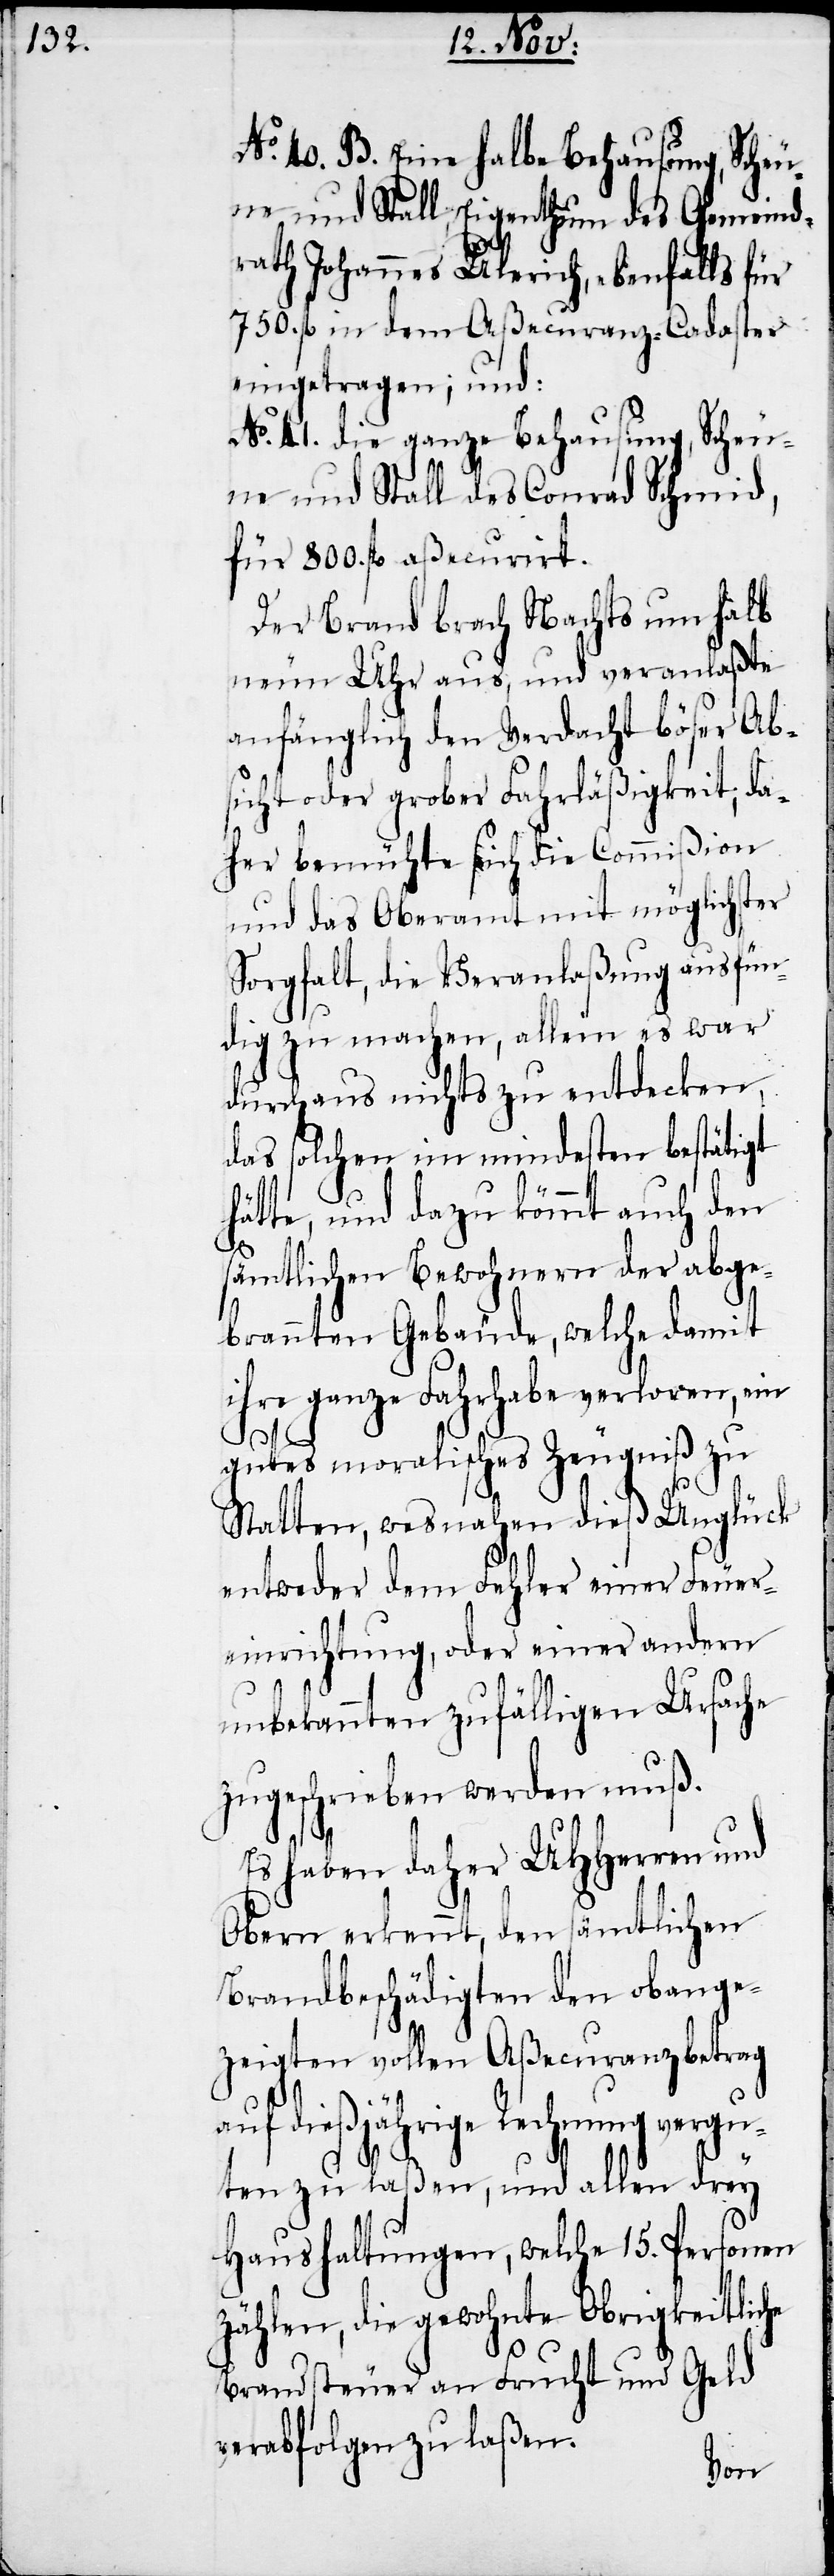
No. 40. B. eine halbe Behausung, Scheu¬
ne und Stall, Eigenthum des Gemeind¬
rath Johannes Ulerich, ebenfalls für
750. fl in dem Aßecuranz-Cadaster
eingetragen; und:
No. 41. die ganze Behausung, Scheu¬
ne und Stall des Conrad Schmid,
für 800. fl aßecurirt.
Der Brand brach Nachts um halb
neun Uhr aus und veranlaßte
anfänglich den Verdacht böser Ab¬
sicht oder grober Fahrläßigkeit; da¬
her bemühte sich die Commißion
und das Oberamt mit möglichster
Sorgfalt, die Veranlaßung ausfün¬
dig zu machen, allein es war
durchaus nichts zu entdecken,
das solchen im mindesten bestätigt
hätte, und dazu kömmt auch den
sämtlichen Bewohnern der abge¬
brannten Gebäude, welche damit
ihre ganze Fahrhabe verloren, ein
gutes moralisches Zeugniß zu
Statten, wesnahen dieß Unglück
entweder dem Fehler einer Feuer¬
einrichtung, oder einer andern
unbekannten zufälligen Ursache
zugeschrieben werden muß.
Es haben daher UHHerren und
Obern erkennt, den sämtlichen
Brandbeschädigten den obange¬
zeigten vollen Aßecuranzbetrag
auf dießjährige Rechnung vergu¬
ten zu laßen, und allen drey
Haushaltungen, welche 15. Personen
zählen, die gewohnte Obrigkeitliche
Brandsteuer an Frucht und Geld
verabfolgen zu laßen.